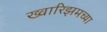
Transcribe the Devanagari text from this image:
ख्वारिझमच्या